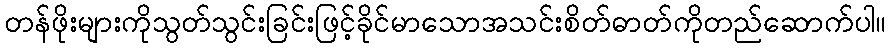
တန်ဖိုးများကိုသွတ်သွင်းခြင်းဖြင့်ခိုင်မာသောအသင်းစိတ်ဓာတ်ကိုတည်ဆောက်ပါ။